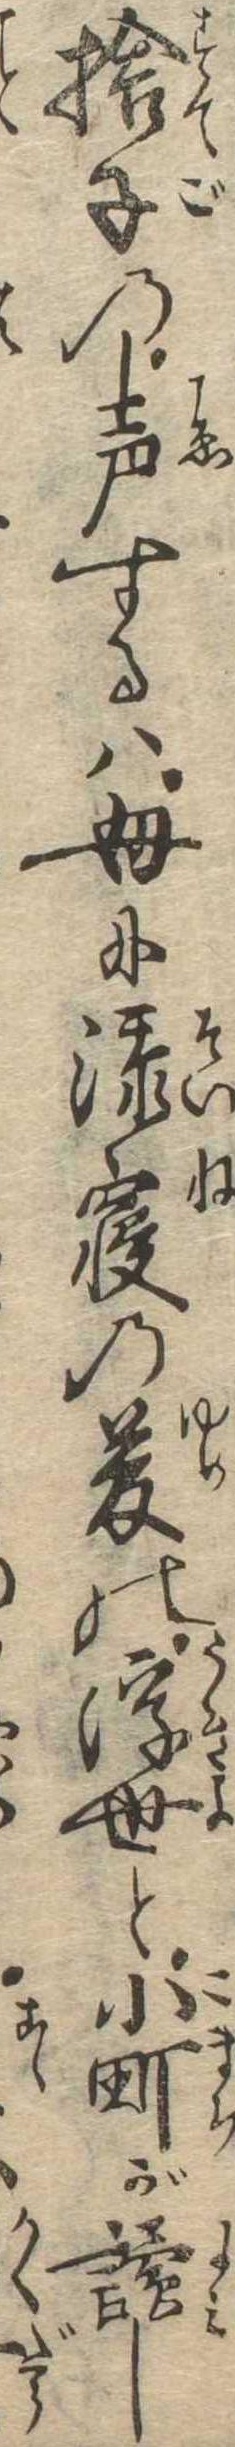
捨子の声するは母に添寝の夢の浮世と小町が読し